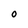
Character: O